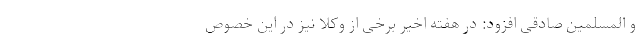
و المسلمین صادقی افزود: در هفته اخیر برخی از وکلا نیز در این خصوص